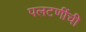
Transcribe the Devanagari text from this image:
पलटणींची